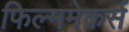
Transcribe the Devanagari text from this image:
फिल्ममेकर्स